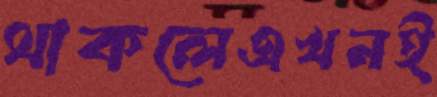
থাকলেএখনই